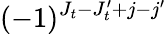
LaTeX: (-1)^{J_{t}-J_{t}^{\prime}+j-j^{\prime}}